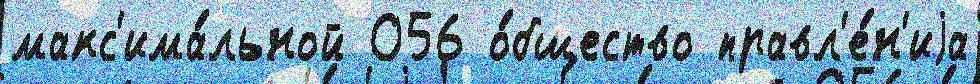
макс'има́льной 056 о́бщество правл'е́н'иjа